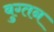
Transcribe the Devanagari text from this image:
बुग्तन